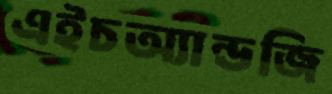
এইচঅ্যান্ডজি